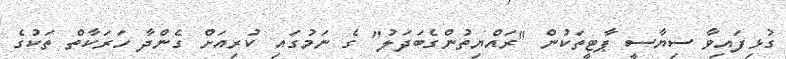
ގުޅިފައިވާ ސިޔާސީ ޕާޓީތަކުން "ރައްޔިތުންގެބަދަލު" ގެ ނަމުގައި ކުރިއަށް ގެންދާ ހަރަކާތް ތަކުގެ